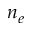
n _ { e }